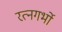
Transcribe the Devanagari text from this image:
रत्नगर्भो